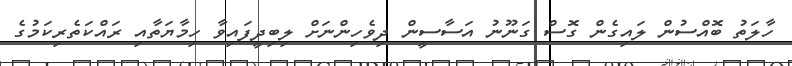
ހާލަތު ބޮއްސުން ލައިގެން ގޮސް ގަނޫނު އަސާސީން ދިވެހިންނަށް ލިބިދީފައިވާ ހިމާޔަތާއި ރައްކަތެރިކަމުގެ